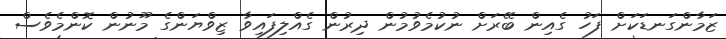
ޒަމާންގަނޑަކަށް ފަހު ގެއިން ބޭރަށް ނުކުމެވުމުން ދިރުން ގެއްލިފައިވާ ޒިވްޔަންގެ މޫނުން ކޮންމެވެސް